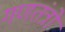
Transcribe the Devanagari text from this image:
गणतंत्रो